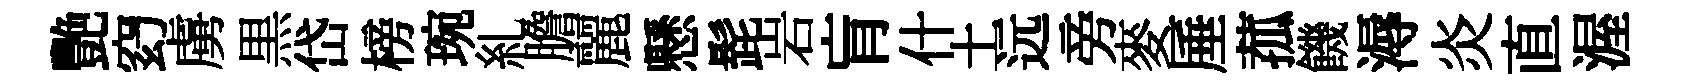
艷𥥆虜黒岱榜琬糺膽麗懸髭岩肓什土远旁麥厜菰饑溽炎直渥